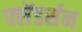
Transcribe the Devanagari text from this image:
फ्लेंडर्सन